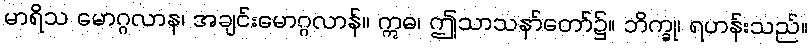
မာရိသ မောဂ္ဂလာန၊ အချင်းမောဂ္ဂလာန်။ ဣဓ၊ ဤသာသနာ်တော်၌။ ဘိက္ခု၊ ရဟန်းသည်။